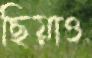
ছিয়াও